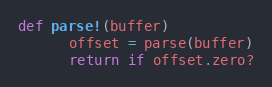
Language: Ruby
def parse!(buffer)
      offset = parse(buffer)
      return if offset.zero?